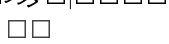
٨٨